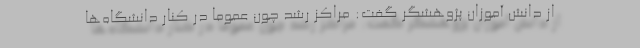
از دانش آموزان پژوهشگر گفت: مراکز رشد چون عموما در کنار دانشگاه‌ها